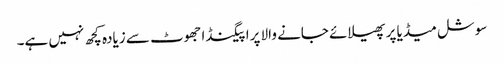
سوشل میڈیا پر پھیلائے جانے والا پراپیگنڈا جھوٹ سے زیادہ کچھ نہیں ہے۔